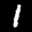
Label: 1